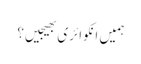
ہمیں انکوائری بھیجیں؟